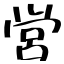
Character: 営